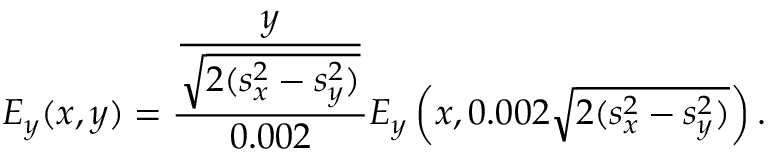
E _ { y } ( x , y ) = \frac { \displaystyle { \frac { y } { \sqrt { 2 ( s _ { x } ^ { 2 } - s _ { y } ^ { 2 } ) } } } } { 0 . 0 0 2 } E _ { y } \left( x , 0 . 0 0 2 \sqrt { 2 ( s _ { x } ^ { 2 } - s _ { y } ^ { 2 } ) } \right) .